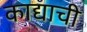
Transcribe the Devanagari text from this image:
काद्याची